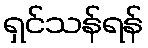
ရှင်သန်ရန်